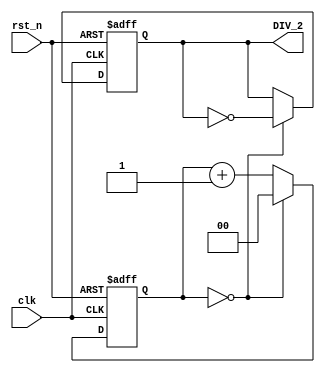
module FD_2 (
    input rst_n,
    input clk,
	output reg DIV_2
);
    reg [1:0] cnt_tmp_2;
    reg clk_tmp_2;
    reg [1:0] cnt_2;

    always @(*) begin
        if(cnt_2 == 2'd0) begin
            cnt_tmp_2 <= 2'b0;
            clk_tmp_2 <= ~DIV_2;
        end else begin
            cnt_tmp_2 <= cnt_2 + 1;
            clk_tmp_2 <= DIV_2;
        end
    end

    always @(negedge clk or negedge rst_n) begin
        if(~rst_n) begin
            cnt_2 <= 2'b0;
            DIV_2 <= 1'b1;
        end else begin
            cnt_2 <= cnt_tmp_2;
            DIV_2 <= clk_tmp_2;
        end
    end
endmodule